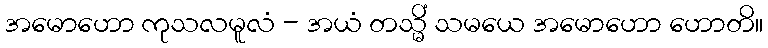
အမောဟော ကုသလမူလံ - အယံ တသ္မိံ သမယေ အမောဟော ဟောတိ။